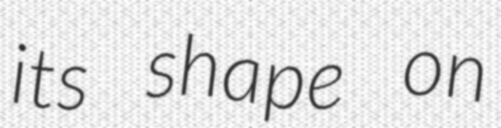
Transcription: its shape on